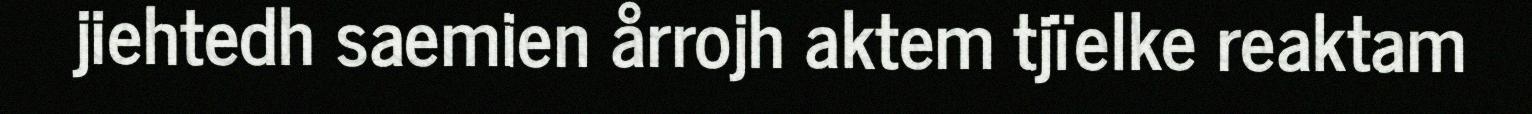
jiehtedh saemien årrojh aktem tjïelke reaktam